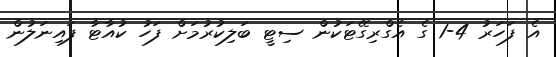
އެ ފަހަރު 4-1 ގެ އެގްރިގޭޓަކުން ސިޓީ ބަލިކުރުމަށް ފަހު ކުއާޓާ ފައިނަލުން